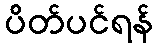
ပိတ်ပင်ရန်